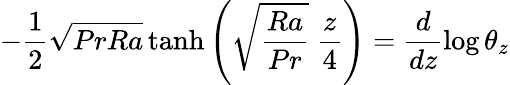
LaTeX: -\frac{1}{2}\sqrt{PrRa}\operatorname{tanh}{\left(\sqrt{\frac{Ra}{Pr}}\ \frac{z}{4}\right)}=\frac{d}{dz}\log{\theta_{z}}